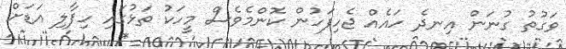
ވަގުތު ގުނަން އިނދެ ހައެއް ޖެހިފަހުން ކޮންމެވެސް މީހަކު ތަޅުގައި ހިފާލި އަޑަށް